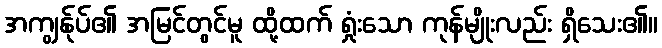
အကျွန်ုပ်၏ အမြင်တွင်မူ ထို့ထက် ရှုံးသော ကုန်မျိုးလည်း ရှိသေး၏။